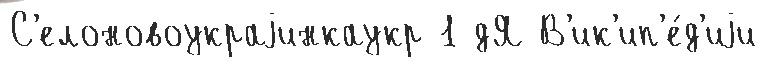
С'елоновоукраjинкаукр 1 дЯ В'ик'ип'е́д'иjи